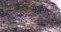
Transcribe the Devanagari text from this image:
अशंकित